system: You are a helpful assistant.
user:
Analyze the provided spectrum to determine if it is a **Carbon Star (C-type)**.

- **Key Visual Indicators of Carbon Star:**
    - **(Primary):** Strong molecular absorption from **C₂ (diatomic carbon) "Swan Bands."** This is the **defining feature** of a carbon star.
        - **(Key Bandheads):** Sharp absorption edges are visible at approximately $5635$ Å, $5165$ Å (the strongest band), and $4737$ Å.
        - **(Line Profile):** Creates a distinct **"saw-tooth"** pattern. The key morphology is a sharp, steep bandhead on the **red (long-wavelength) side**, which then gradually tapers off (i.e., flux recovers) towards the **blue (short-wavelength) side**. *(This is the direct opposite of the TiO bands seen in M-type stars)*.

    - **(Secondary):** Intense **CN (cyanogen)** molecular absorption bands.
        - **(Key Bandheads):** Located in the blue and violet regions of the spectrum (e.g., near $4215$ Å and $3883$ Å).
        - **(Morphology):** These bands are extremely broad and act as a "blanket," absorbing the vast majority of blue and violet light. This creates a characteristic **"cliff"** or **"steep drop-off"** in the spectrum's flux at short wavelengths.

    - **(Key Confirmation):** Strong **CH absorption band (G-band)**.
        - **(Key Bandhead):** Located around $4300$ Å. The contribution from CH molecules to this band is exceptionally strong.

    - **(Overall Spectrum):**
        - The continuum is severely "chopped up" by these deep molecular bands, especially C₂, rather than appearing as a smooth curve.
        - Due to the heavy CN and C₂ absorption in the blue-green, the vast majority of the star's flux is concentrated in the red part of the spectrum, giving the star its characteristic deep red color.

Think first, call **spectral_visualization_tool** if needed to examine features in detail, then provide your final answer. Your response must adhere to the following strict rules:
1.  **Overall Structure:** Your response must follow the format `<think>...</think> <tool_call>...</tool_call> (if a tool is used) <answer>...</answer>`.
2.  **Tool Usage Constraint:** You may only make **one** tool call per turn.
3.  **Final Answer Format:** In the `<answer>` tag, your conclusion must be inside a `\boxed{}` command (e.g., `\boxed{YES}`), followed by your justification.

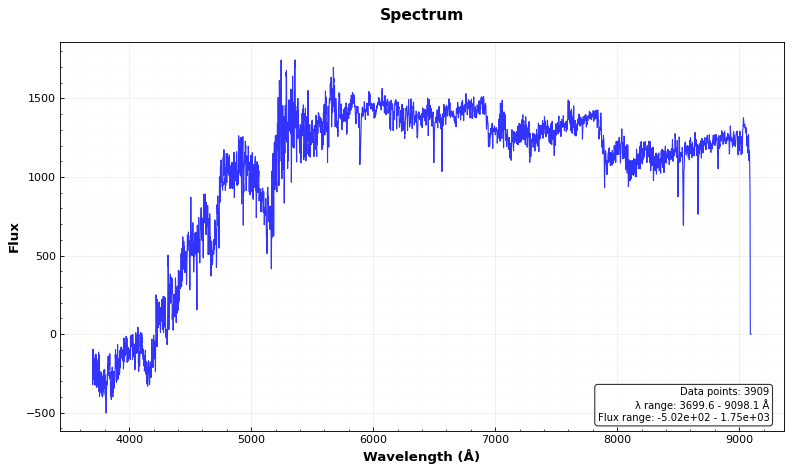
Answer: YES